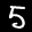
Label: 5